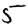
Digit: 5